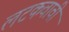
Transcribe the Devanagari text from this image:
लटकवावी